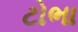
ટોભા